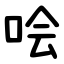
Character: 哙